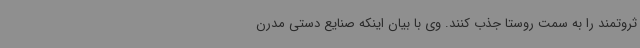
ثروتمند را به سمت روستا جذب کنند. وی با بیان اینکه صنایع دستی مدرن